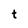
Character: t